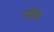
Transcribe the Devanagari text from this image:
जोंड